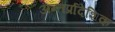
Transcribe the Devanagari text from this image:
अन्तर्प्रादेशिक